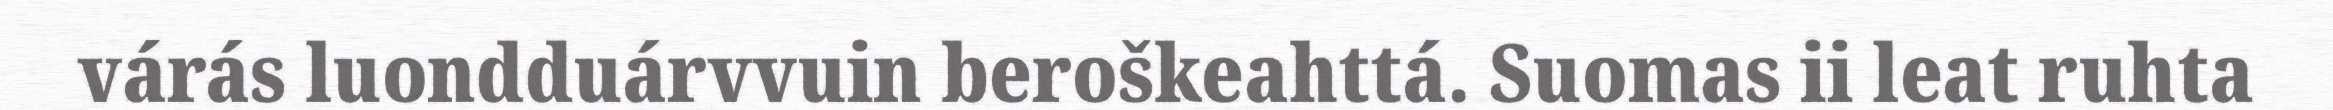
várás luondduárvvuin beroškeahttá. Suomas ii leat ruhta